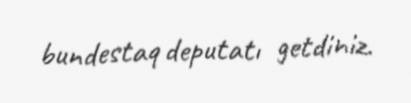
bundestaq deputatı getdiniz.